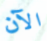
الآن